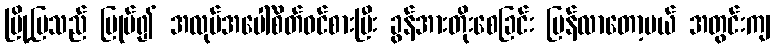
မြို့ပြသည် ပြုပ်၍ အလုပ်အပေါ်စိတ်ဝင်စားပြီး ခွန်အားတိုးစေခြင်း ပြန်လာတော့မယ် အတွင်းကျ